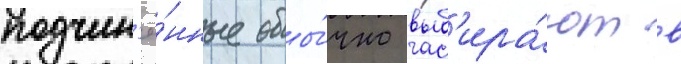
подчин'ё́нные обы́чно выб'ира́ют в